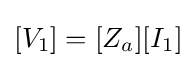
[V_{1}]=[Z_{a}][I_{1}]